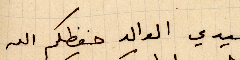
لسيدي الوالد حفظكم الله